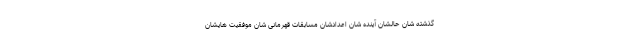
گذشته شان حالشان آینده شان اعدادشان مسابقات قهرمانی شان موفقیت هایشان